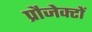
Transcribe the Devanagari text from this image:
प्रौजेक्टों